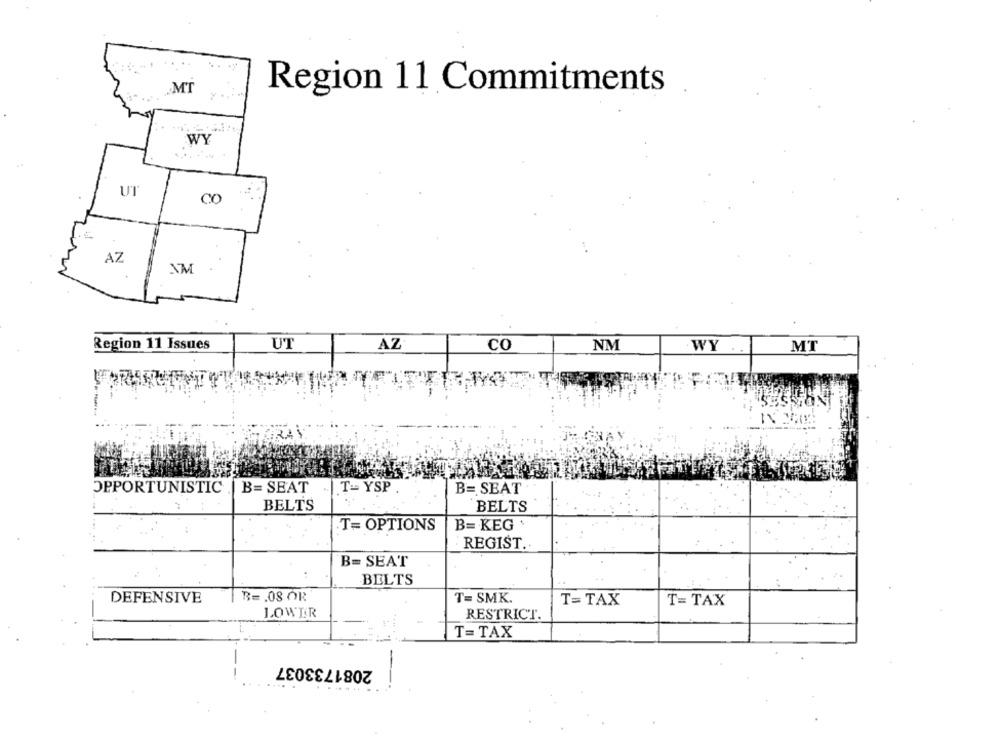
MT
Region 11 Commitments .
WY
UT
CO
AZ
AM
Region 11 Issues
UT
AZ
co
NM
WY .
MT
OPPORTUNISTIC | B= SEAT
... T- YSP
B= SEAT
BELTS
BELTS
B= KEG .
T= OPTIONS
REGIST ..
B= SEAT
BELTS
DEFENSIVE
B= . 08 OR
T= SMK.
T= TAX
T= TAX
LOWER
RESTRICT.
T=TAX
2081733037
--